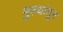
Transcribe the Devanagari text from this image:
मुल्यांतून